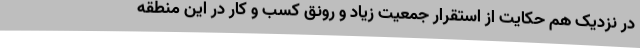
در نزدیک هم حکایت از استقرار جمعیت زیاد و رونق کسب و کار در این منطقه